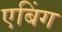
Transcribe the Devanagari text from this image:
एबिंग